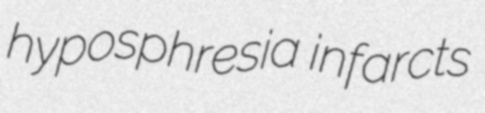
hyposphresia infarcts